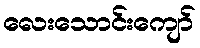
လေးသောင်းကျော်